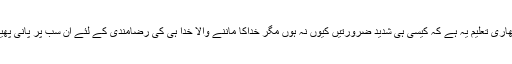
رمضان شریف کے مہینہ کی بڑی بھاری تعلیم یہ ہے کہ کیسی ہی شدید ضرورتیں کیوں نہ ہوں مگر خداکا ماننے والا خدا ہی کی رضامندی کے لئے ان سب پر پانی پھیر دیتاہے اور ان کی پرواہ نہیں کرتا۔